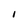
Character: I